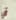
في